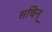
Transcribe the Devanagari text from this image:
सचिन्